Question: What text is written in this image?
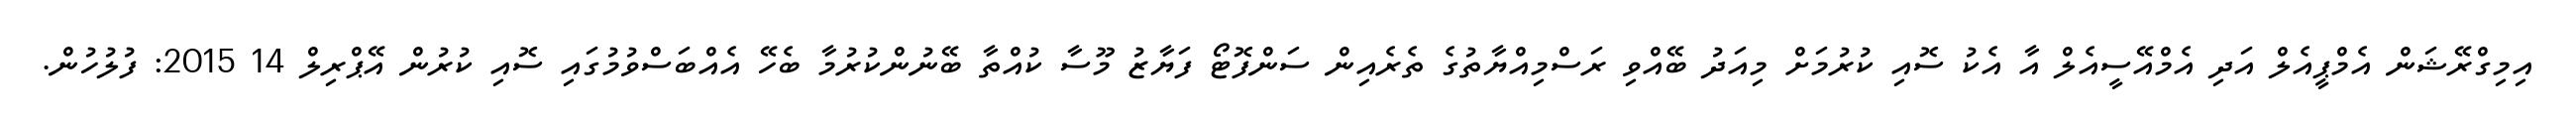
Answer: އިމިގްރޭޝަން އެމްޕީއެލް އަދި އެމްއޭސީއެލް އާ އެކު ސޮއި ކުރުމަށް މިއަދު ބޭއްވި ރަސްމިއްޔާތުގެ ތެރެއިން ސަންފޮޓޯ ފަޔާޒު މޫސާ ކުއްތާ ބޭނުންކުރުމާ ބެހޭ އެއްބަސްވުމުގައި ސޮއި ކުރުން އޭޕްރިލް 14 2015: ފުލުހުން.